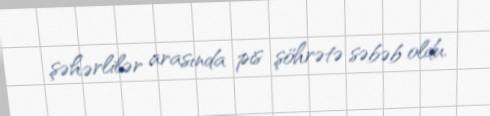
şəhərlilər arasında pis şöhrətə səbəb oldu.